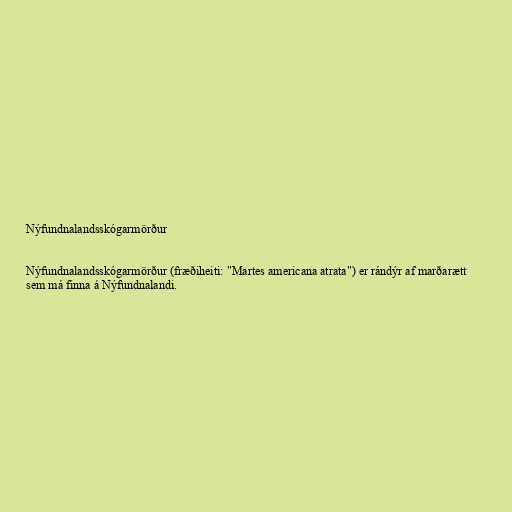
Nýfundnalandsskógarmörður

Nýfundnalandsskógarmörður (fræðiheiti: "Martes americana atrata") er rándýr af marðarætt
sem má finna á Nýfundnalandi.